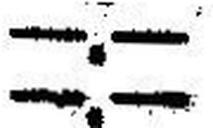
—.—